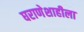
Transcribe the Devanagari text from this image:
घराणेशाहीला